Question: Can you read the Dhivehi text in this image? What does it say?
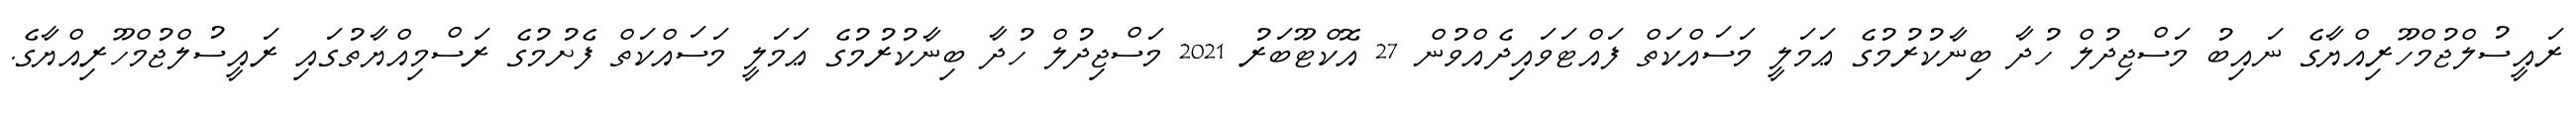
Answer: ރައީސުލްޖުމްހޫރިއްޔާގެ ނައިބު މަސްޖިދުލް ހުދާ ބިނާކުރުމުގެ ޢަމަލީ މަސައްކަތް ފައްޓަވައިދެއްވުން 27 އޮކްޓޫބަރު 2021 މަސްޖިދުލް ހުދާ ބިނާކުރުމުގެ ޢަމަލީ މަސައްކަތް ފެށުމުގެ ރަސްމިއްޔާތުގައި ރައީސުލްޖުމްހޫރިއްޔާގެ.